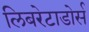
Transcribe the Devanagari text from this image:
लिबरेटाडोर्स